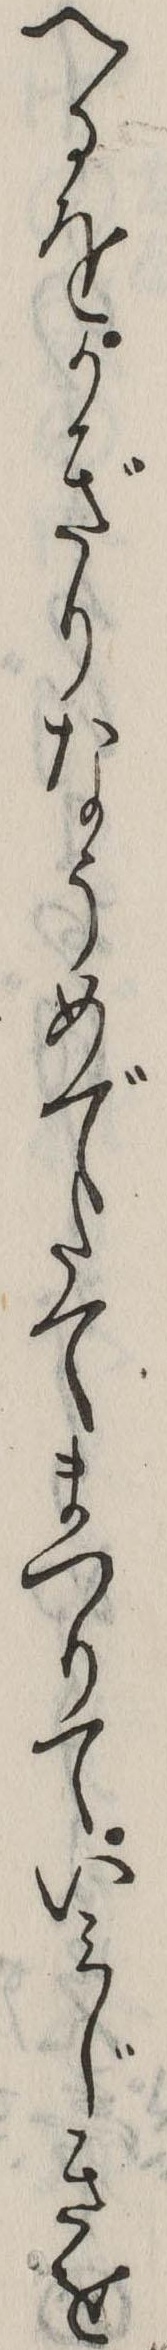
へるをかぎりなうめでたてまつりていみじきを